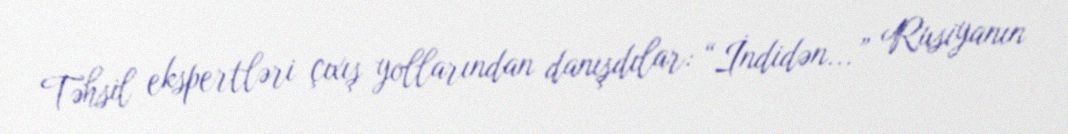
Təhsil ekspertləri çıxış yollarından danışdılar: “İndidən...” Rusiyanın